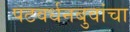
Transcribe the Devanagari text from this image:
पटवर्धनबुवांचा